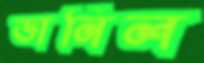
ভানিল